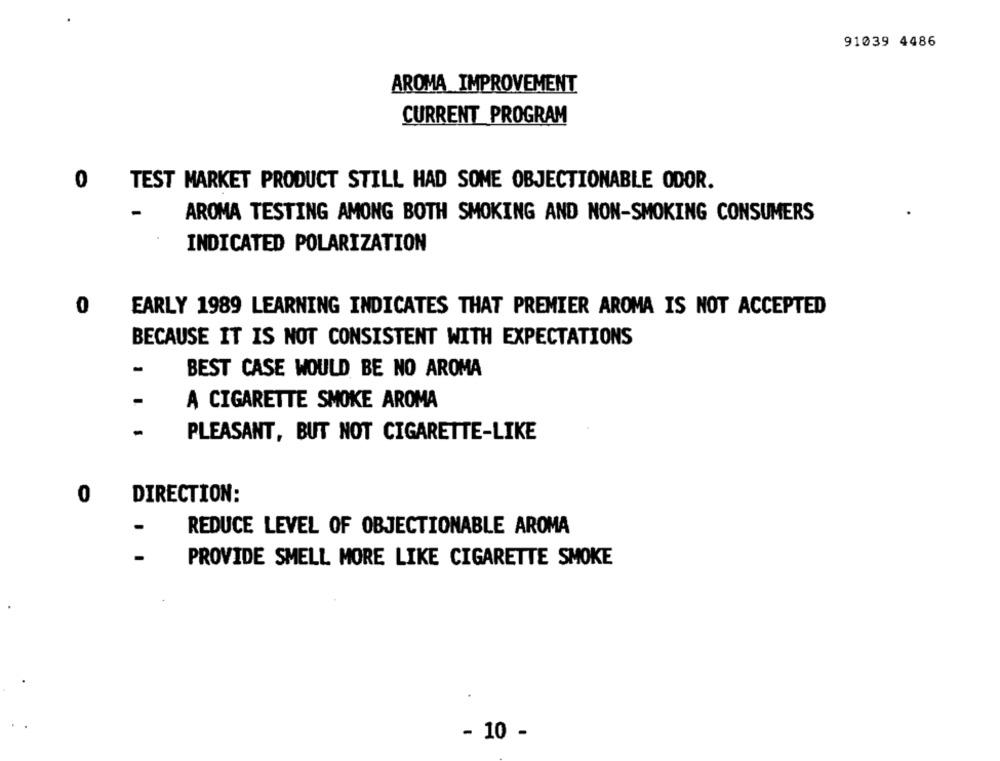
91039 4486
AROMA IMPROVEMENT
CURRENT PROGRAM
0 TEST MARKET PRODUCT STILL HAD SOME OBJECTIONABLE ODOR.
AROMA TESTING AMONG BOTH SMOKING AND NON-SMOKING CONSUMERS
INDICATED POLARIZATION
0
EARLY 1989 LEARNING INDICATES THAT PREMIER AROMA IS NOT ACCEPTED
BECAUSE IT IS NOT CONSISTENT WITH EXPECTATIONS
-
BEST CASE WOULD BE NO AROMA
-
A CIGARETTE SMOKE AROMA
-
PLEASANT, BUT NOT CIGARETTE-LIKE
0
DIRECTION:
REDUCE LEVEL OF OBJECTIONABLE AROMA
PROVIDE SMELL MORE LIKE CIGARETTE SMOKE
.
- 10 -